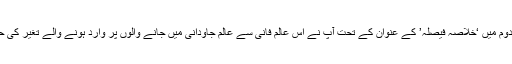
‘ازالہ اوہام ’حصّہ دوم میں ‘خلاصہ فیصلہ’ کے عنوان کے تحت آپؑ نے اس عالَمِ فانی سے عالَمِ جاودانی میں جانے والوں پر وارد ہونے والے تغیّر کی حقیقت بیان فرمائی۔